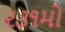
૨૩૧મો